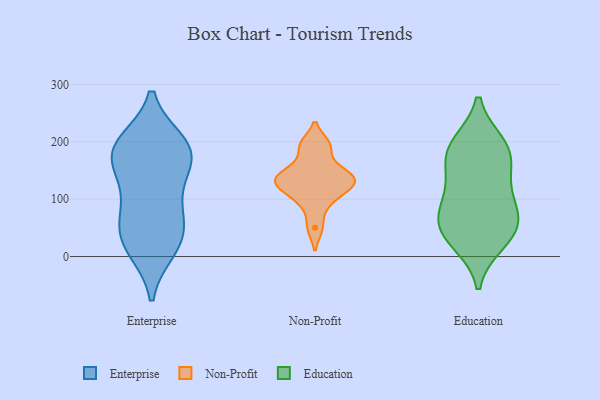
{"axis": {"x": "Bounce Rate (%)", "y": "Value"}, "legend": ["Education", "Enterprise", "Non-Profit"], "data": [{"x": "", "y": 55, "type": "Enterprise"}, {"x": "", "y": 14, "type": "Enterprise"}, {"x": "", "y": 198, "type": "Enterprise"}, {"x": "", "y": 96, "type": "Enterprise"}, {"x": "", "y": 174, "type": "Enterprise"}, {"x": "", "y": 154, "type": "Enterprise"}, {"x": "", "y": 13, "type": "Enterprise"}, {"x": "", "y": 49, "type": "Enterprise"}, {"x": "", "y": 161, "type": "Enterprise"}, {"x": "", "y": 99, "type": "Enterprise"}, {"x": "", "y": 182, "type": "Enterprise"}, {"x": "", "y": 192, "type": "Enterprise"}, {"x": "", "y": 36, "type": "Enterprise"}, {"x": "", "y": 197, "type": "Enterprise"}, {"x": "", "y": 109, "type": "Non-Profit"}, {"x": "", "y": 141, "type": "Non-Profit"}, {"x": "", "y": 132, "type": "Non-Profit"}, {"x": "", "y": 126, "type": "Non-Profit"}, {"x": "", "y": 124, "type": "Non-Profit"}, {"x": "", "y": 50, "type": "Non-Profit"}, {"x": "", "y": 141, "type": "Non-Profit"}, {"x": "", "y": 157, "type": "Non-Profit"}, {"x": "", "y": 195, "type": "Non-Profit"}, {"x": "", "y": 91, "type": "Non-Profit"}, {"x": "", "y": 193, "type": "Non-Profit"}, {"x": "", "y": 51, "type": "Education"}, {"x": "", "y": 111, "type": "Education"}, {"x": "", "y": 178, "type": "Education"}, {"x": "", "y": 39, "type": "Education"}, {"x": "", "y": 63, "type": "Education"}, {"x": "", "y": 111, "type": "Education"}, {"x": "", "y": 167, "type": "Education"}, {"x": "", "y": 194, "type": "Education"}, {"x": "", "y": 188, "type": "Education"}, {"x": "", "y": 68, "type": "Education"}, {"x": "", "y": 27, "type": "Education"}]}